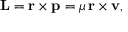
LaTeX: \mathbf { L } = \mathbf { r } \times \mathbf { p } = \mu \, \mathbf { r } \times \mathbf { v } ,